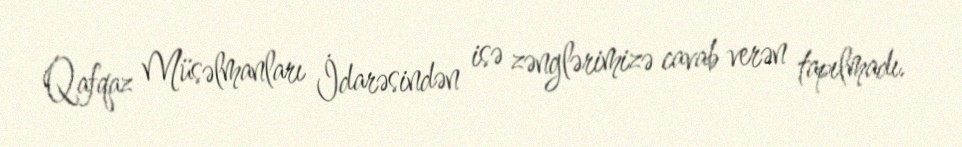
Qafqaz Müsəlmanları İdarəsindən isə zənglərimizə cavab verən tapılmadı.